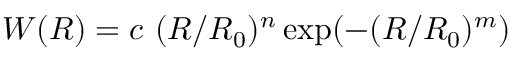
W ( R ) = c ~ ( R / R _ { 0 } ) ^ { n } \exp ( - ( R / R _ { 0 } ) ^ { m } )